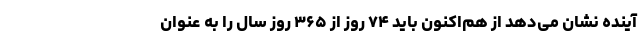
آینده نشان می‌دهد از هم‌اکنون باید ۷۴ روز از ۳۶۵ روز سال را به عنوان